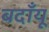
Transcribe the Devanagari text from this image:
बदाँयू